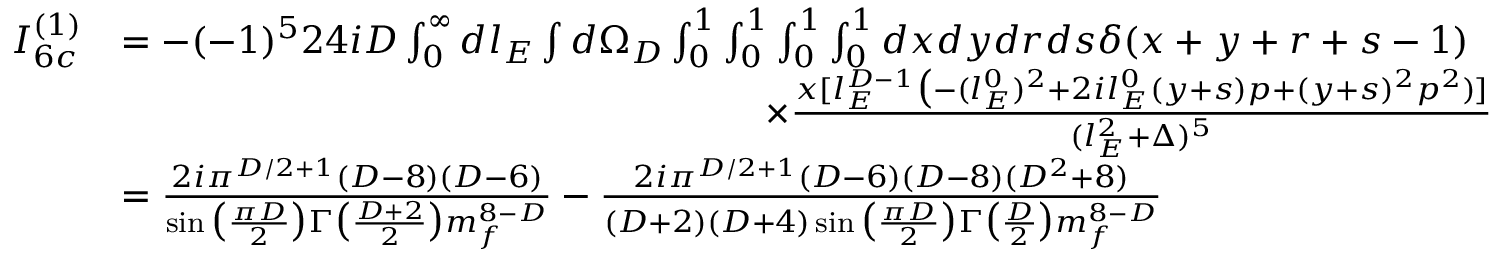
\begin{array} { r l } { I _ { 6 c } ^ { ( 1 ) } } & { = - ( - 1 ) ^ { 5 } 2 4 i D \int _ { 0 } ^ { \infty } d l _ { E } \int d \Omega _ { D } \int _ { 0 } ^ { 1 } \int _ { 0 } ^ { 1 } \int _ { 0 } ^ { 1 } \int _ { 0 } ^ { 1 } d x d y d r d s \delta ( x + y + r + s - 1 ) } \\ & { \quad \quad \quad \quad \quad \quad \quad \quad \quad \quad \quad \quad \quad \quad \quad \quad \quad \times \frac { x [ l _ { E } ^ { D - 1 } \big ( - ( l _ { E } ^ { 0 } ) ^ { 2 } + 2 i l _ { E } ^ { 0 } ( y + s ) p + ( y + s ) ^ { 2 } p ^ { 2 } ) ] } { ( l _ { E } ^ { 2 } + \Delta ) ^ { 5 } } } \\ & { = \frac { 2 i \pi ^ { D / 2 + 1 } ( D - 8 ) ( D - 6 ) } { \sin \big ( \frac { \pi D } { 2 } \big ) \Gamma \big ( \frac { D + 2 } { 2 } \big ) m _ { f } ^ { 8 - D } } - \frac { 2 i \pi ^ { D / 2 + 1 } ( D - 6 ) ( D - 8 ) ( D ^ { 2 } + 8 ) } { ( D + 2 ) ( D + 4 ) \sin \big ( \frac { \pi D } { 2 } \big ) \Gamma \big ( \frac { D } { 2 } \big ) m _ { f } ^ { 8 - D } } } \end{array}